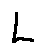
L